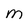
Character: M